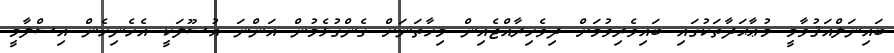
ބައިނަލްއަޤުވާމީ މުޢާޙަދާތަކުގައި ބައިވެރިވުމަށް ދިވެހިރާއްޖެއިން މިހާތަނަށް ގެންގުޅެމުން އަންނަ އުސޫލަކީ އެހެނިހެން އިސްލާމީ